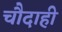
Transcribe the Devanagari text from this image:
चौदाही